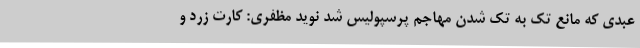
عبدی که مانع تک به تک شدن مهاجم پرسپولیس شد نوید مظفری: کارت زرد و